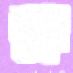
শুলে